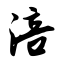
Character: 涪